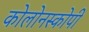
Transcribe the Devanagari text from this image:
कोलोनस्कोपी